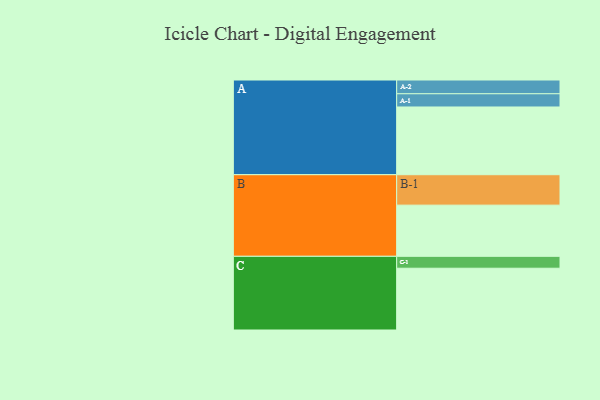
{"axis": {"x": "Segment", "y": "Value"}, "legend": ["", "A", "B", "C"], "data": [{"x": "A", "y": 512, "type": ""}, {"x": "B", "y": 387, "type": ""}, {"x": "C", "y": 467, "type": ""}, {"x": "A-1", "y": 100, "type": "A"}, {"x": "A-2", "y": 104, "type": "A"}, {"x": "B-1", "y": 230, "type": "B"}, {"x": "C-1", "y": 90, "type": "C"}]}